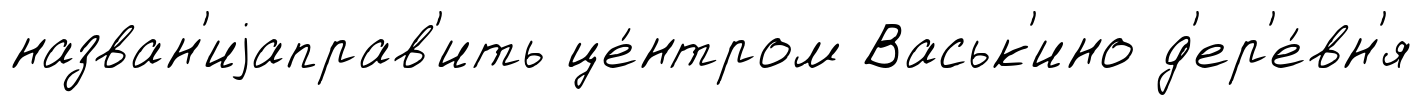
назван'иjаправ'ить це́нтром Васьк'ино д'ер'е́вн'я